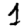
Digit: 1